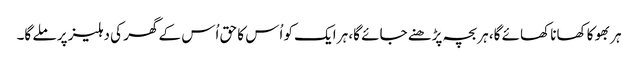
ہر بھوکا کھانا کھائے گا، ہر بچہ پڑھنے جائے گا، ہر ایک کو اُس کا حق اُس کے گھر کی دہلیز پر ملے گا۔